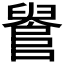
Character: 𨺫